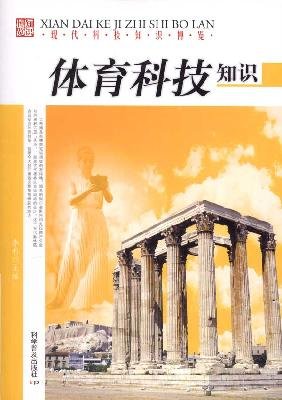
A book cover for Knowledge of Sports Science and Technology (Chinese Edition); Fan Guoqiang; Sports & Outdoors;